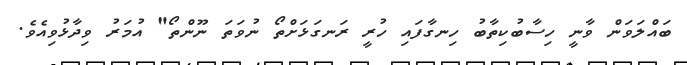
ބައްލަވަން ވާނީ ހިސާބުކިތާބު ހިނގާފައި ހުރީ ރަނގަޅަށްތޯ ނުވަތަ ނޫންތޯ" އުމަރު ވިދާޅުވިއެވެ.